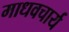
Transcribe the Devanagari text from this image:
माधवचार्य